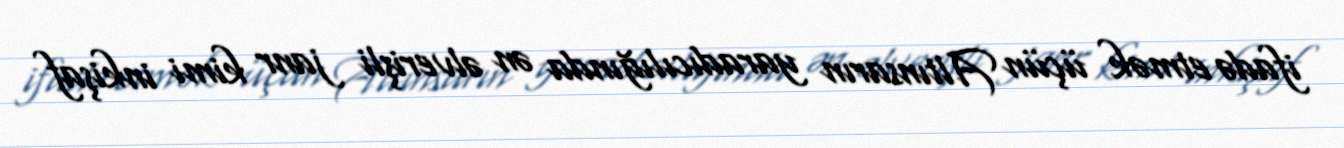
ifadə etmək üçün Altınsarın yaradıcılığında ən əlverişli janr kimi inkişaf